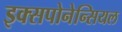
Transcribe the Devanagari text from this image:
इक्सपोनेन्सियल